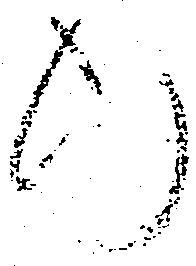
行